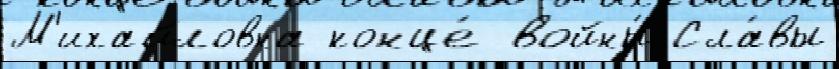
М'ихайловна конце́ войны́ Сла́вы